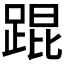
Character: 𬦸